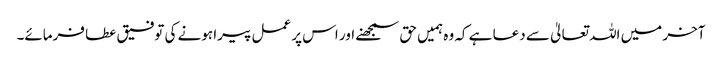
آخر میں اللہ تعالیٰ سے دعا ہے کہ وہ ہمیں حق سمجھنے اور اس پر عمل پیرا ہونے کی توفیق عطا فرمائے۔